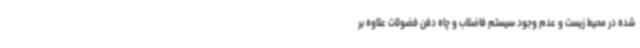
شده در محیط زیست و عدم وجود سیستم فاضلاب و چاه دفن فضولات علاوه بر